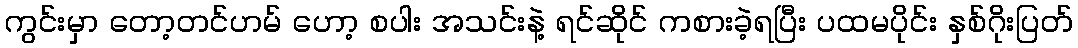
ကွင်းမှာ တော့တင်ဟမ် ဟော့ စပါး အသင်းနဲ့ ရင်ဆိုင် ကစားခဲ့ရပြီး ပထမပိုင်း နှစ်ဂိုးပြတ်